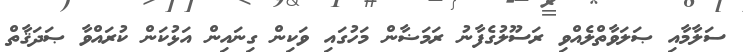
ސަލާމާއި ޞަލަވާތްލެއްވި ރަސޫލުގެފާނު ރަމަޟާން މަހުގައި ވަކިން ގިނައިން އަޅުކަން ކުރައްވާ ޞަދަޤާތް